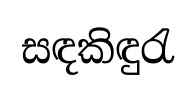
සඳකිඳුරැ